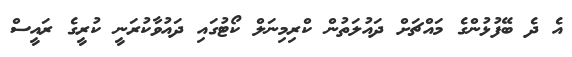
އެ ދެ ބޭފުޅުންގެ މައްޗަށް ދައުލަތުން ކްރިމިނަލް ކޯޓުގައި ދައުވާކުރަނީ ކުރީގެ ރައީސް